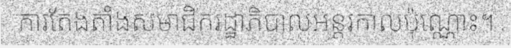
ការតែងតាំងសមាជិករដ្ឋាភិបាលអន្តរកាលប៉ុណ្ណោះ។